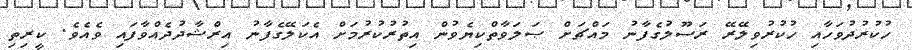
ހުކުރުދުވަހާއި ހުކުރުވިލޭރޭ ރަސޫލުގެފާނު މައްޗަށް ޞަލަވާތްކިޔެވުން އިތުރުކުރުމަށް އެކަލޭގެފާނު އިރްޝާދުދެއްވާފައި ވެއެވެ. ކީރިތި